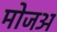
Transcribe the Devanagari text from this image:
मोजअ